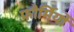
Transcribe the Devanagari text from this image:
फौर्मियों